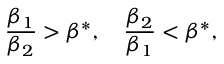
\frac { \beta _ { 1 } } { \beta _ { 2 } } > \beta ^ { * } , \quad \frac { \beta _ { 2 } } { \beta _ { 1 } } < \beta ^ { * } ,